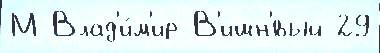
М Влад'и́м'ир В'ишн'́вый 29